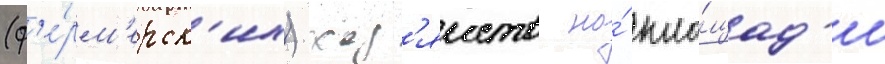
(ф'е́рм'ерск'их) хоз'яиств на́ пло́щад'и